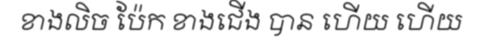
ខាងលិច ប៉ែក ខាងជើង បាន ហើយ ហើយ